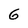
Character: 6